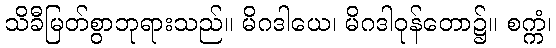
သိခီမြတ်စွာဘုရားသည်။ မိဂဒါယေ၊ မိဂဒါဝုန်တော၌။ စက္ကံ၊